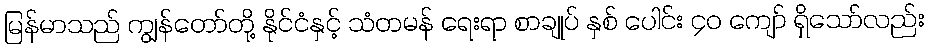
မြန်မာသည် ကျွန်တော်တို့ နိုင်ငံနှင့် သံတမန် ရေးရာ စာချုပ် နှစ် ပေါင်း ၄၀ ကျော် ရှိသော်လည်း